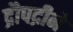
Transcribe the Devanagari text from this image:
द्रौपद्रीने